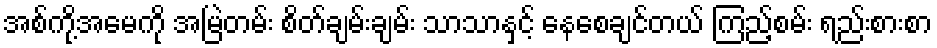
အစ်ကို့အမေကို အမြဲတမ်း စိတ်ချမ်းချမ်း သာသာနှင့် နေစေချင်တယ် ကြည့်စမ်း ရည်းစားစာ